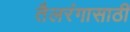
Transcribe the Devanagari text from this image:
तैलरंगासाठी